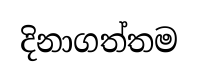
දිනාගත්තම